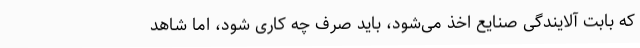
که بابت آلایندگی صنایع اخذ می‌شود، باید صرف چه کاری شود، اما شاهد